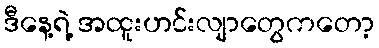
ဒီနေ့ရဲ့ အထူးဟင်းလျာတွေကတော့